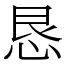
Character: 恳